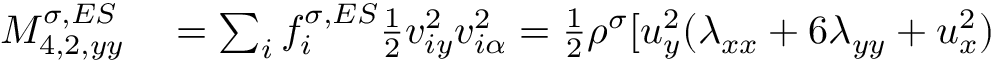
\begin{array} { r } { \begin{array} { r l } { M _ { 4 , 2 , y y } ^ { \sigma , E S } } & { { } = \sum _ { i } f _ { i } ^ { \sigma , E S } \frac { 1 } { 2 } v _ { i y } ^ { 2 } v _ { i \alpha } ^ { 2 } = \frac { 1 } { 2 } \rho ^ { \sigma } [ u _ { y } ^ { 2 } ( \lambda _ { x x } + 6 \lambda _ { y y } + u _ { x } ^ { 2 } ) } \end{array} } \end{array}